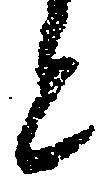
と